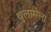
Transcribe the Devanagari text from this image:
थुलामेला